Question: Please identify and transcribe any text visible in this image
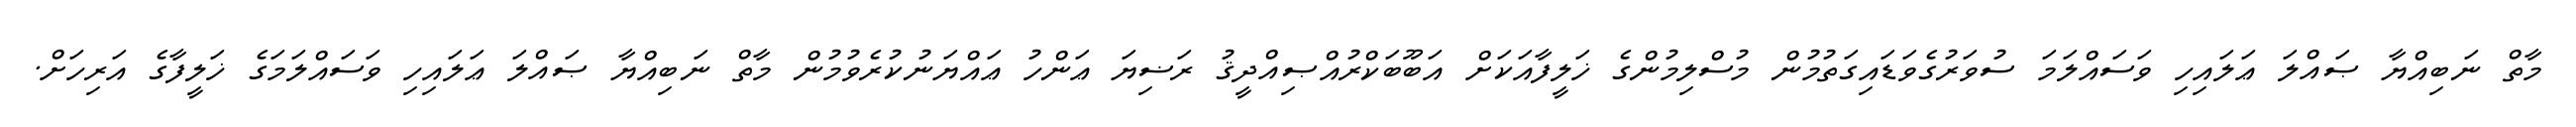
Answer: މާތް ނަބިއްޔާ ޞައްލަ ޢަލައިހި ވަސައްލަމަ ސުވަރުގެވަޑައިގަތުމުން މުސްލިމުންގެ ޚަލީފާއަކަށް އަބޫބަކްރުއްޞިއްދީޤު ރަޟިޔަ ޢަންހު ޢައްޔަނުކުރެވުމުން މާތް ނަބިއްޔާ ޞައްލަ ޢަލައިހި ވަސައްލަމަގެ ޚަލީފާގެ އަރިހަށް.